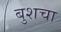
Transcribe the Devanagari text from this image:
बुशचा